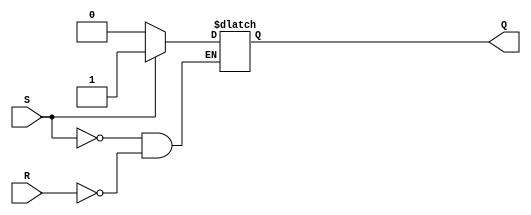
module sr_latch (
    input S,
    input R,
    output reg Q
);

always @ (S or R)
begin
    if (S)
        Q <= 1'b1;
    else if (R)
        Q <= 1'b0;
end

endmodule